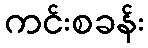
ကင်းစခန်း